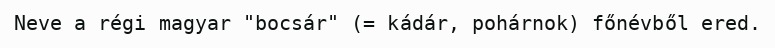
Neve a régi magyar "bocsár" (= kádár, pohárnok) főnévből ered.